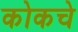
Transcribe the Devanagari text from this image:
कोकचे